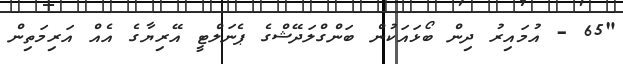
"65 - އުމައިރު ދިން ބޯޅައަކުން ބަންގްލަދޭޝްގެ ޕެނަލްޓީ އޭރިޔާގެ އެއް އަރިމަތިން